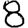
Digit: 8